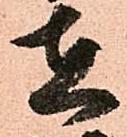
在